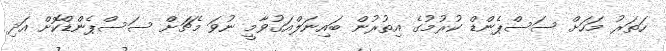
ހަތަރު މަހަށް ސަސްޕެންޑް ކުރުމުގެ އިތުރުން ބައިނަލްއަގުވާމީ ނުވަ މެޗަށް ސަސްޕެންޑްކޮށް އަދި